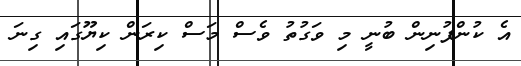
އެ ކުންފުނިން ބުނީ މި ވަގުތު ވެސް މަސް ކިރަން ކިޔޫގައި ގިނަ